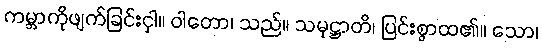
ကမ္ဘာကိုဖျက်ခြင်းငှါ။ ဝါတော၊ သည်။ သမုဋ္ဌာတိ၊ ပြင်းစွာထ၏။ သော၊